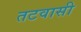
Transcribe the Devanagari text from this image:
तटवासी